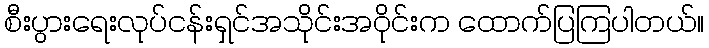
စီးပွားရေးလုပ်ငန်းရှင်အသိုင်းအဝိုင်းက ထောက်ပြကြပါတယ်။